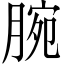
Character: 腕